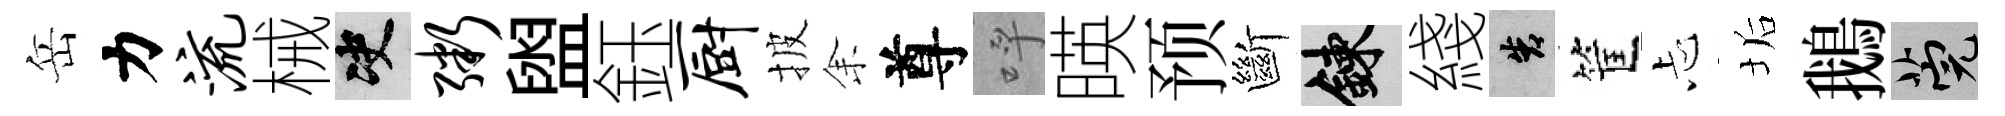
岳力流械决粥盥鈺厨披𪜬尊呼暎预斷練綫告筐忐垢鵝筦